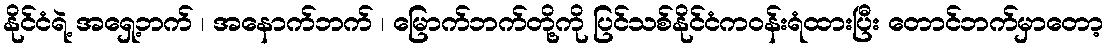
နိုင်ငံရဲ့ အရှေ့ဘက် ၊ အနောက်ဘက် ၊ မြောက်ဘက်တို့ကို ပြင်သစ်နိုင်ငံကဝန်းရံထားပြီး တောင်ဘက်မှာတော့